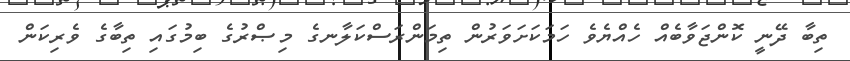
ތިބާ ދޭނީ ކޮންޖަވާބެއް ހެއްޔެވެ ހަމަކަށަވަރުން ތިމަންރަސްކަލާނގެ މިޞްރުގެ ބިމުގައި ތިބާގެ ވެރިކަން